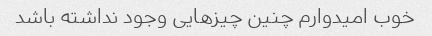
خوب امیدوارم چنین چیزهایی وجود نداشته باشد